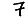
Digit: 7